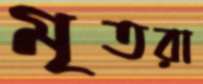
মৃতরা